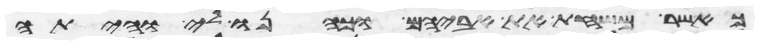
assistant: כאשר משחת את אביהם וכהנו לי והיתה